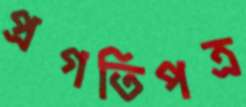
প্রগতিপত্র